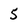
Character: 5